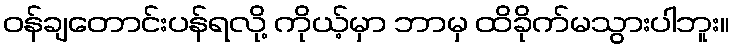
ဝန်ချတောင်းပန်ရလို့ ကိုယ့်မှာ ဘာမှ ထိခိုက်မသွားပါဘူး။